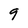
Character: 9